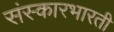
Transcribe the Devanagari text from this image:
संस्कारभारती